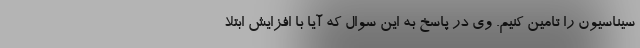
سیناسیون را تامین کنیم. وی در پاسخ به این سوال که آیا با افزایش ابتلا